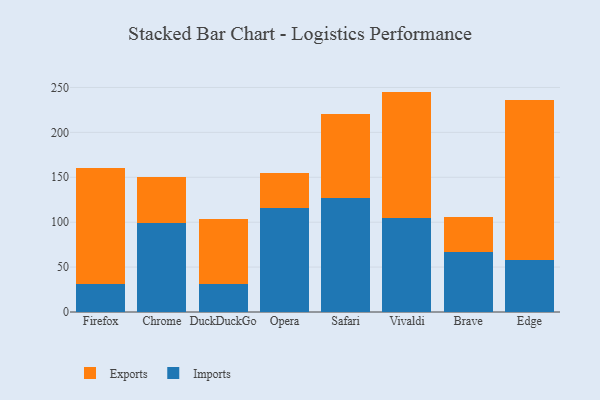
{"axis": {"x": "Browser", "y": "Customer Acquisition Cost (USD)"}, "legend": ["Exports", "Imports"], "data": [{"x": "Firefox", "y": 31.5, "type": "Imports"}, {"x": "Firefox", "y": 128.9, "type": "Exports"}, {"x": "Chrome", "y": 98.9, "type": "Imports"}, {"x": "Chrome", "y": 51.4, "type": "Exports"}, {"x": "DuckDuckGo", "y": 31.5, "type": "Imports"}, {"x": "DuckDuckGo", "y": 72.2, "type": "Exports"}, {"x": "Opera", "y": 115.8, "type": "Imports"}, {"x": "Opera", "y": 38.5, "type": "Exports"}, {"x": "Safari", "y": 127.0, "type": "Imports"}, {"x": "Safari", "y": 93.4, "type": "Exports"}, {"x": "Vivaldi", "y": 104.7, "type": "Imports"}, {"x": "Vivaldi", "y": 140.7, "type": "Exports"}, {"x": "Brave", "y": 67.3, "type": "Imports"}, {"x": "Brave", "y": 38.7, "type": "Exports"}, {"x": "Edge", "y": 58.2, "type": "Imports"}, {"x": "Edge", "y": 178.3, "type": "Exports"}]}